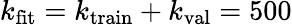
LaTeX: k_{\mathrm{fit}}=k_{\mathrm{train}}+k_{\mathrm{val}}=500